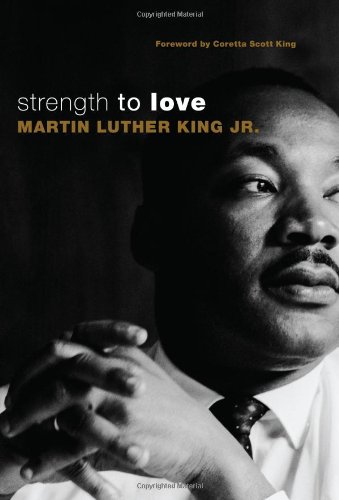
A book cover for Strength to Love; Martin Luther King Jr; Christian Books & Bibles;